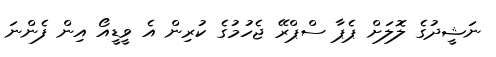
ނަޝީދުގެ ލޮލަށް ޕެޕާ ސްޕްރޭ ޖެހުމުގެ ކުރިން އެ ވީޑީއޯ އިން ފެންނަ